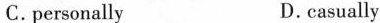
C. personally D. casually